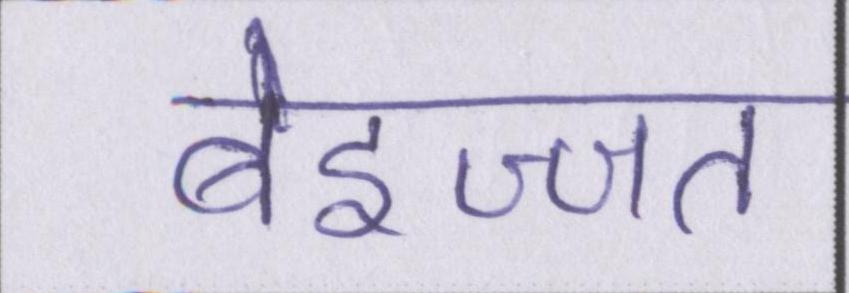
बेइज्जत